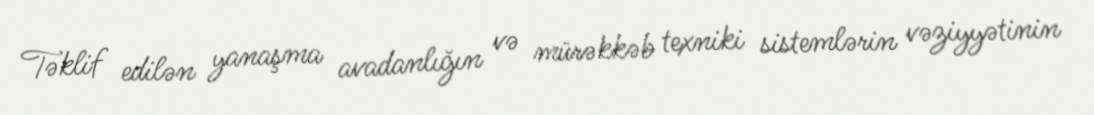
Təklif edilən yanaşma avadanlığın və mürəkkəb texniki sistemlərin vəziyyətinin